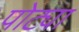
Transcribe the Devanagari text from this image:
पोट्या